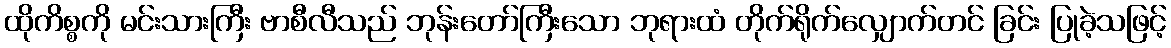
ထိုကိစ္စကို မင်းသားကြီး ဗာစီလီသည် ဘုန်းတော်ကြီးသော ဘုရားထံ တိုက်ရိုက်လျှောက်တင် ခြင်း ပြုခဲ့သဖြင့်